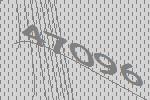
47096